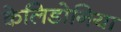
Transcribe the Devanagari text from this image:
केलिडोनिया